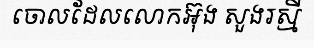
ចោលដែលលោកអ៊ុង សួងរស្មី